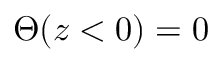
\Theta ( z < 0 ) = 0